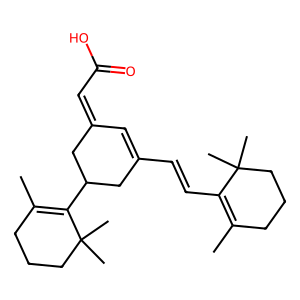
SMILES: CC1=C(C=CC2=CC(=CC(=O)O)CC(C3=C(C)CCCC3(C)C)C2)C(C)(C)CCC1
Inhibits HIV replication: No